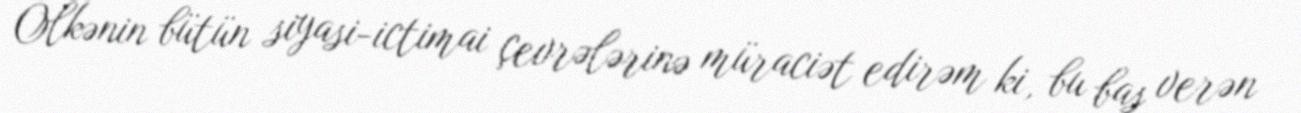
Ölkənin bütün siyasi-ictimai çevrələrinə müraciət edirəm ki, bu baş verən